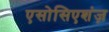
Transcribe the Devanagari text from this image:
एसोसिएशंज़